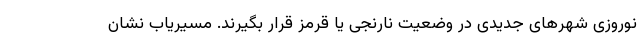
نوروزی شهرهای جدیدی در وضعیت نارنجی یا قرمز قرار بگیرند. مسیریاب نشان